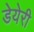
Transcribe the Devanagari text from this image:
डेयेरी